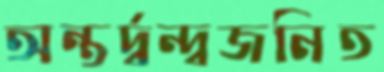
অন্তর্দ্বন্দ্বজনিত